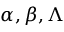
\alpha , \beta , \Lambda